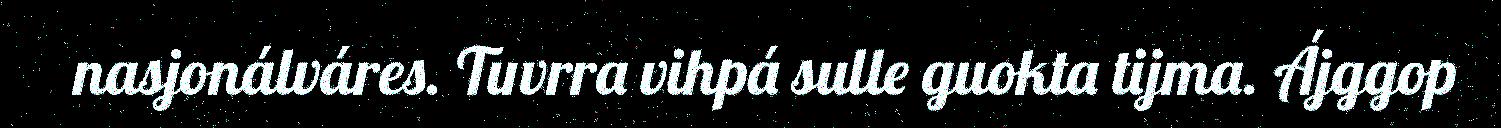
nasjonálváres. Tuvrra vihpá sulle guokta tijma. Ájggop